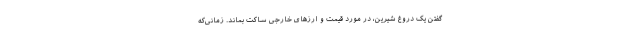
گفتن یک دروغ شیرین، در مورد قیمت و ارزهای خارجی ساکت بماند. زمانی‌که